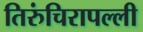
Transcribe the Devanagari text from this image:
तिरुंचिरापल्ली